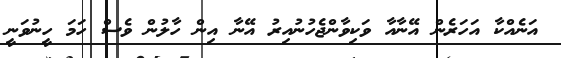
އަނެއްކާ އަހަރެން އޭނާއާ ވަކިވާންޖެހުނުއިރު އޭނާ އިން ހާލުން ވެސް ހަމަ ހީނުވަނީ